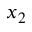
x _ { 2 }